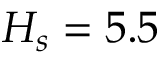
H _ { s } = 5 . 5